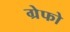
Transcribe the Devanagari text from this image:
ग्रेफो